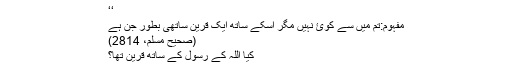
‘‘
مفہوم:تم میں سے کوئ نہیں مگر اسکے ساتھ ایک قرین ساتھی بطور جن ہے
(صحیح مسلم، 2814)
کیا اللہ کے رسول کے ساتھ قرین تھا؟